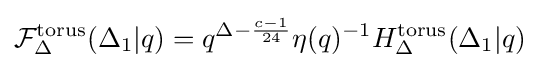
{\mathcal {F}}_{\Delta }^{\text{torus}}(\Delta _{1}|q)=q^{\Delta -{\frac {c-1}{24}}}\eta (q)^{-1}H_{\Delta }^{\text{torus}}(\Delta _{1}|q)